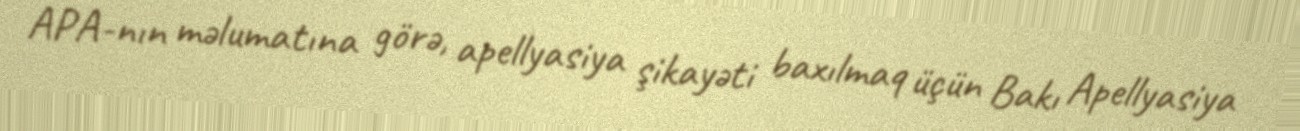
APA-nın məlumatına görə, apellyasiya şikayəti baxılmaq üçün Bakı Apellyasiya